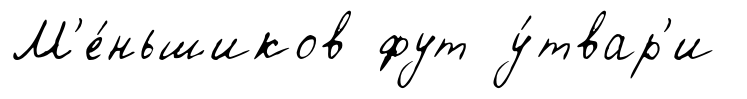
М'е́ньшиков фут у́твар'и